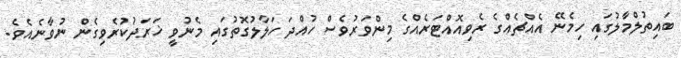
ބައިތުލްމާލުގައި ހިމެނޭ އެއްޗެއްގެ ރެވިއޮއްޓަރެއްގެ މިންވަރުވެސް ހުއްދަ ހަލާލުގޮތުގައި މެނުވީ ޚަރަދުކުރެވިގެން ނުވާނެއެވެ.